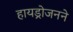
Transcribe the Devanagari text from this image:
हायड्रोजनने